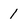
Character: 1